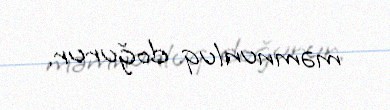
məmnunluq doğurur.